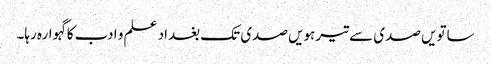
ساتویں صدی سے تیرہویں صدی تک بغداد علم و ادب کاگہوارہ رہا۔